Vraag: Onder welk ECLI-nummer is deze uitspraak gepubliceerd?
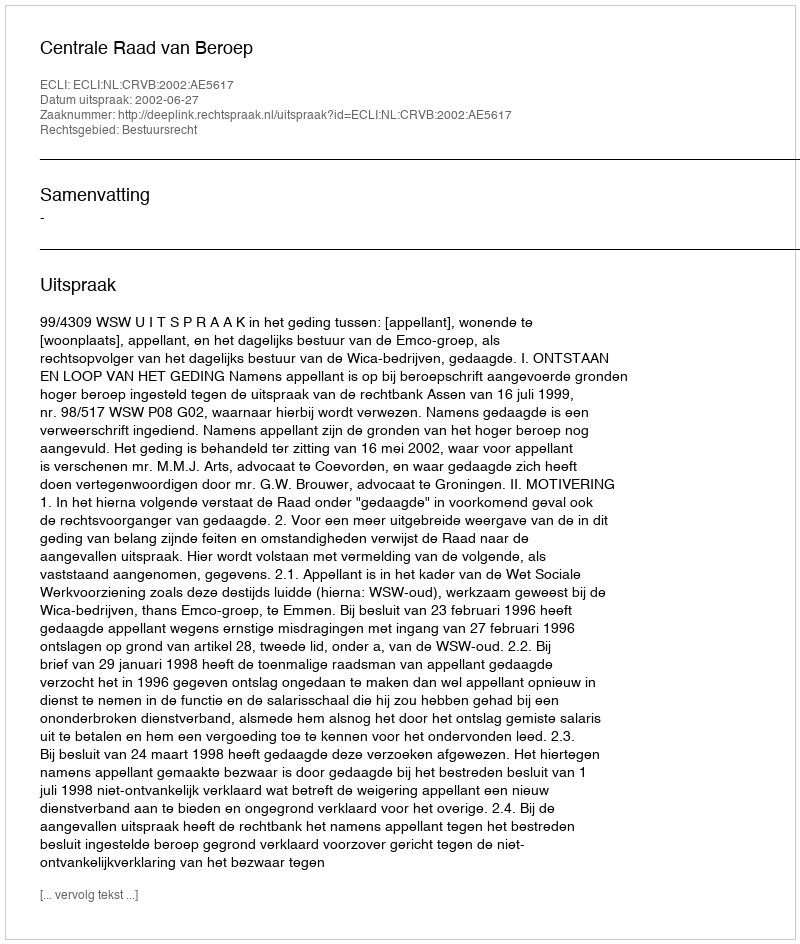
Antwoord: ECLI:NL:CRVB:2002:AE5617